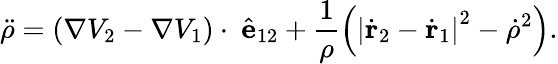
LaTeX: \ddot{\rho}=\left(\nabla V_{2}-\nabla V_{1}\right)\cdot\ \hat{\mathbf{e}}_{12}+\frac{1}{\rho}\left(\left|\dot{\mathbf{r}}_{2}-\dot{\mathbf{r}}_{1}\right|^{2}-\dot{\rho}^{2}\right).